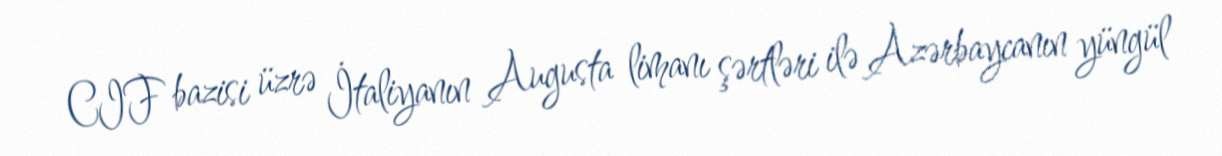
CIF bazisi üzrə İtaliyanın Augusta limanı şərtləri ilə Azərbaycanın yüngül